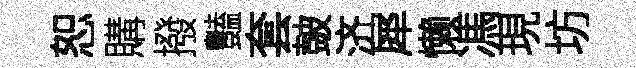
恕購撥豔套皷济犀懒馮現坊